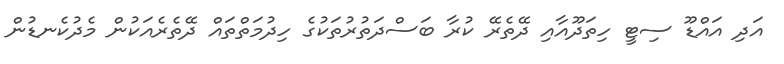
އަދި އައްޑޫ ސިޓީ ހިތަދޫއާއި ދޭތެރޭ ކުރާ ބަސްދަތުރުތަކުގެ ހިދުމަތްތައް ދޭތެރެއަކުން މެދުކެނޑުން